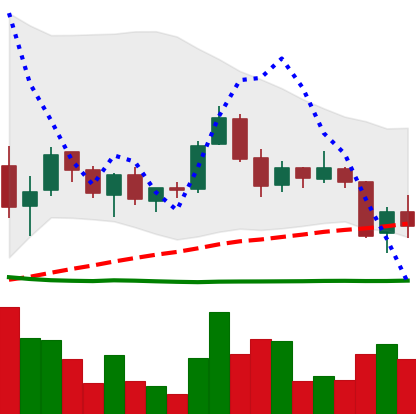
Ticker: TRX-USD
Chart end date: 2018-05-30
Forward return: -5.165%
Label: down_5_7